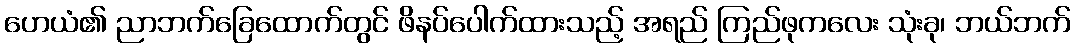
ဟေယံ၏ ညာဘက်ခြေထောက်တွင် ဖိနပ်ပေါက်ထားသည့် အရည် ကြည်ဖုကလေး သုံးခု၊ ဘယ်ဘက်